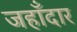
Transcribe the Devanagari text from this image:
जहाँदार